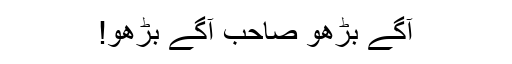
آگے بڑھو صاحب آگے بڑھو!